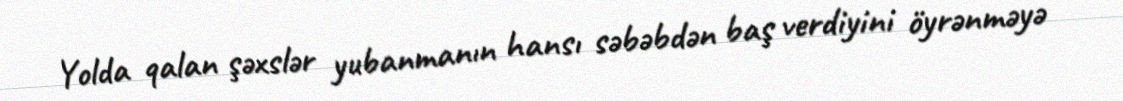
Yolda qalan şəxslər yubanmanın hansı səbəbdən baş verdiyini öyrənməyə